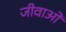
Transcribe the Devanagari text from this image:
जीवाओं